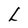
Character: L